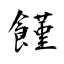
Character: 饉